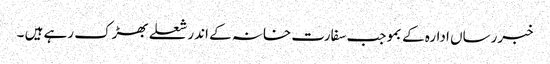
خبررساں ادارہ کے بموجب سفارت خانہ کے اندر شعلے بھڑک رہے ہیں ۔